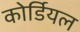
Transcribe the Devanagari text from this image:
कोर्डियल